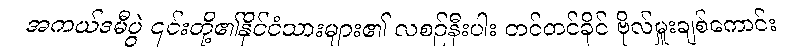
အကယ်ဒမီပွဲ ၎င်းတို့၏နိုင်ငံသားများ၏ လစဉ်နီးပါး တင်တင်ခိုင် ဗိုလ်မှူးချစ်ကောင်း